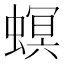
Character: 螟